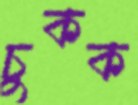
চুকক